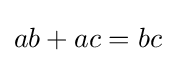
ab+ac=bc